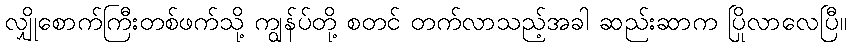
လျှိုစောက်ကြီးတစ်ဖက်သို့ ကျွန်ပ်တို့ စတင် တက်လာသည့်အခါ ဆည်းဆာက ပြိုလာလေပြီ။